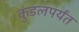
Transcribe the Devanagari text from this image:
कुंडलपर्यंत